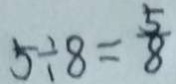
5 \div 8 = \frac { 5 } { 8 }